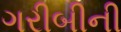
ગરીબીની